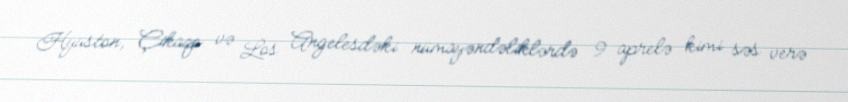
Hyüston, Çikaqo və Los Angelesdəki nümayəndəliklərdə 9 aprelə kimi səs verə